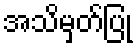
အသိမှတ်ပြု